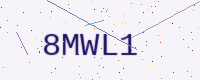
Text: 8MWL1